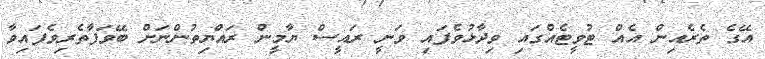
އޭގެ ތެރެއިން އެއް ޓުވީޓެއްގައި ވިދާޅުވެފައި ވަނީ ރައީސް ޔާމީން ރައްޔިތުންނަށް ބޭވަފާތެރިވެފައިވާ